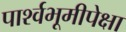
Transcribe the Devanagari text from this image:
पार्श्वभूमीपेक्षा